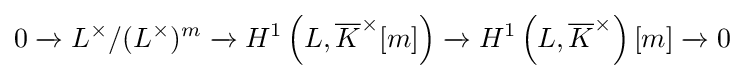
0\xrightarrow {} L^{\times }/(L^{\times })^{m}\xrightarrow {} H^{1}\left(L,{\overline {K}}^{\times }[m]\right)\xrightarrow {} H^{1}\left(L,{\overline {K}}^{\times }\right)[m]\xrightarrow {} 0